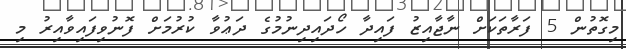
މިގޮތުން 5 ފަރާތަކަށް ނާޖާއިޒު ފައިދާ ހޯދައިދިނުމުގެ ދަޢުވާ ކުރުމަށް ފޮނުވިފައިވާއިރު މި